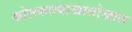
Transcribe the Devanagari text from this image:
कोलकात्याखालोखाल